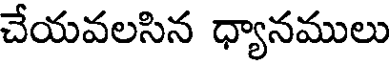
చేయవలసిన ధ్యానములు